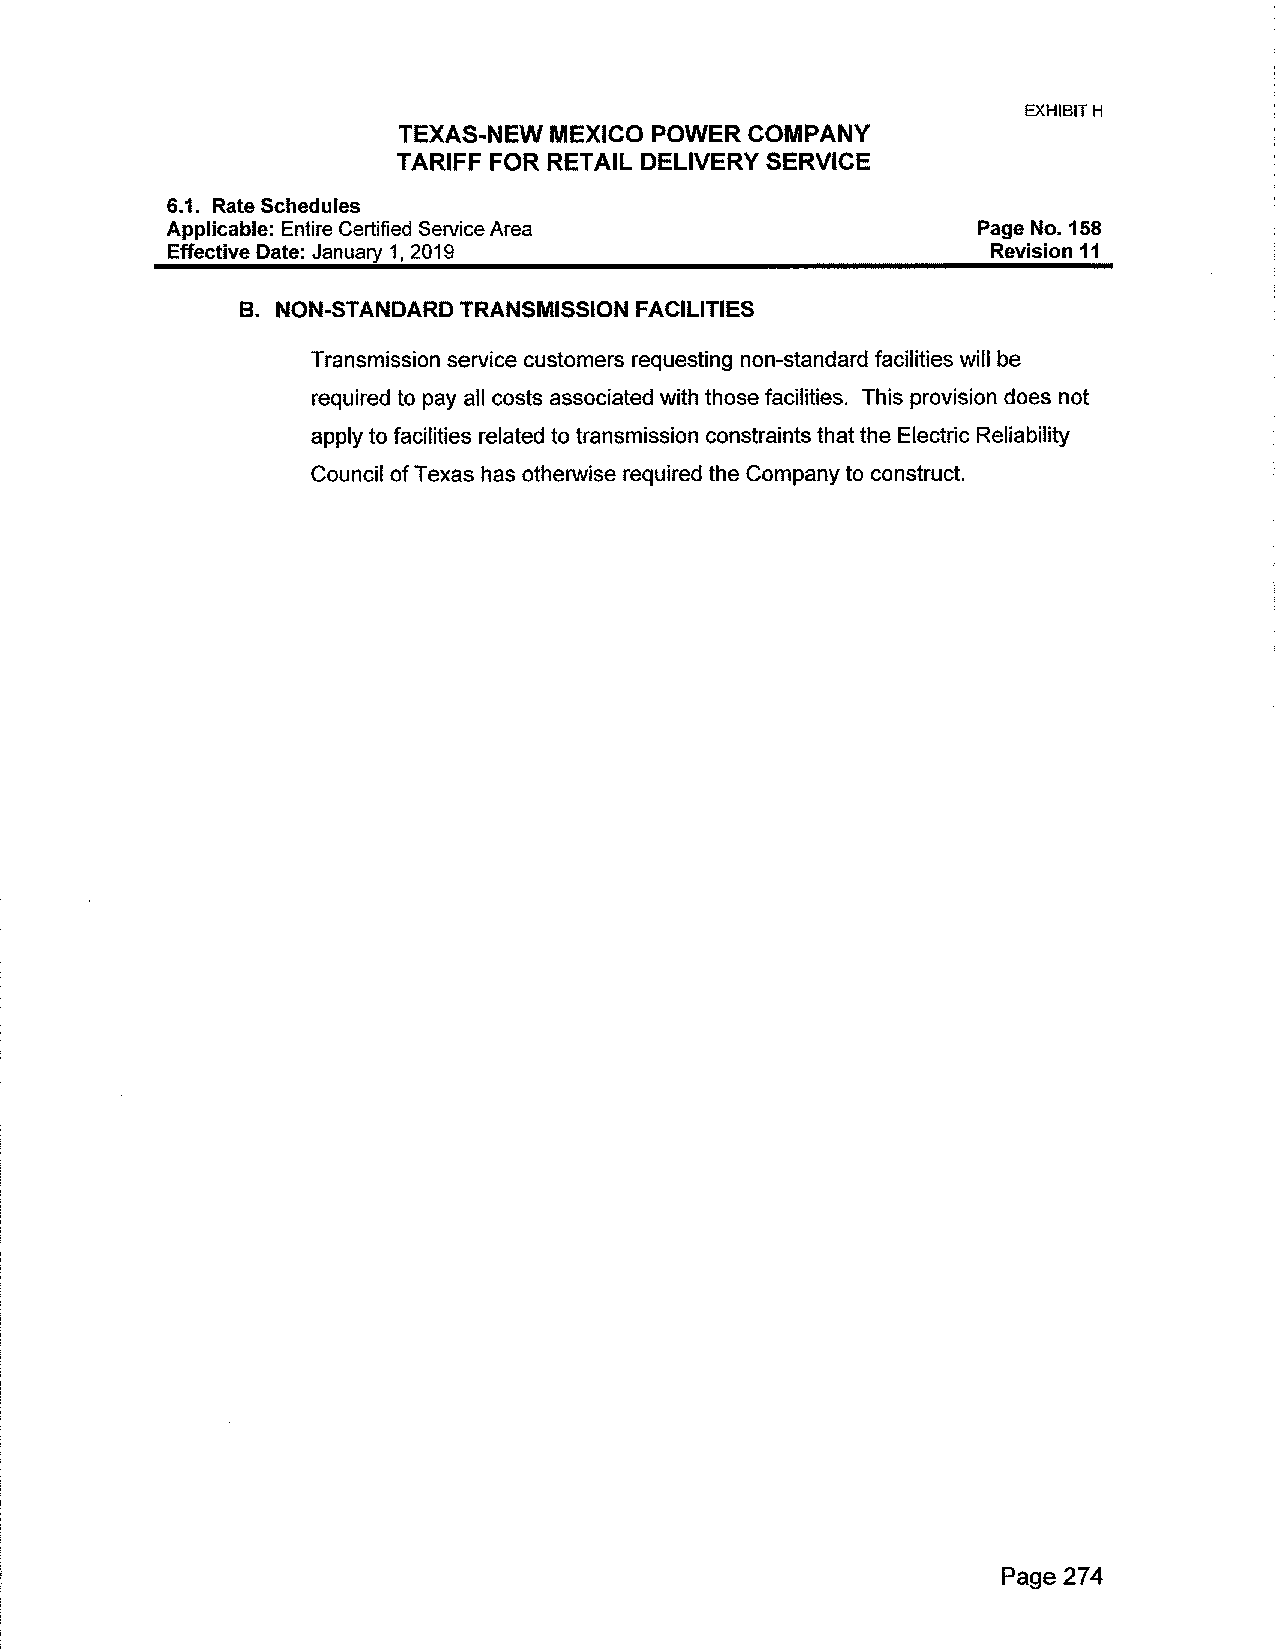
EXHIBIT H
 TEXAS-NEW MEXICO POWER COMPANY
 TARIFF FOR RETAIL DELIVERY SERVICE
 6.1. Rate Schedules
 Applicable: Entire Certified Service Area             Page No. 158
 Effective Date: January 1, 2019                       Revision 11
 B. NON-STANDARD TRANSMISSION FACILITIES
 Transmission service customers requesting non-standard facilities will be
 required to pay all costs associated with those facilities. This provision does not
 apply to facilities related to transmission constraints that the Electric Reliability
 Council of Texas has otherwise required the Company to construct.
 Page 274